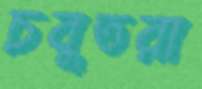
চবুতরা